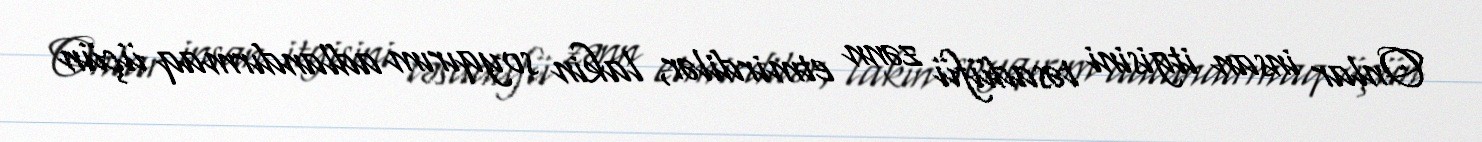
Onlar insan itgisini təsadüfü zənn etmirdilər, lakin soyqırım adlandırmaq üçün